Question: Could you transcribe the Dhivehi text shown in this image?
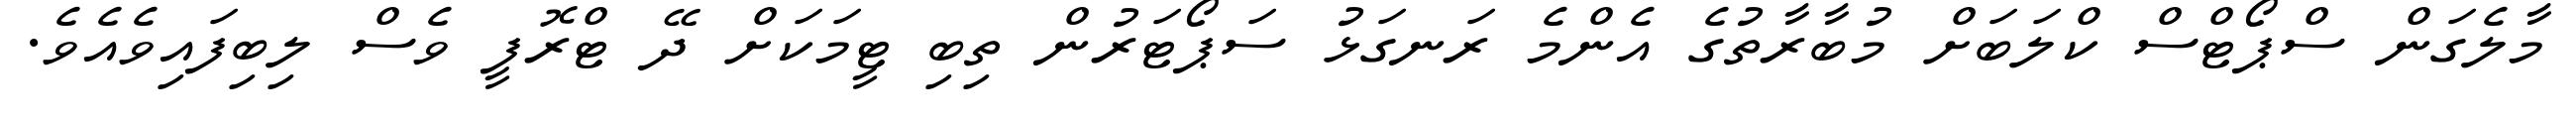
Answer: މާލެގަން ސްޕޯޓްސް ކްލަބަށް މުބާރާތުގެ އެންމެ ރަނގަޅު ސަޕޯޓަރުން ތިބި ޓީމަކަށް ދޭ ޓްރޮފީ ވެސް ލިބިފައިވެއެވެ.